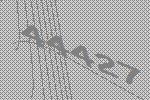
44427